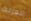
العزلة